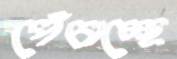
পেঁচাচ্ছে